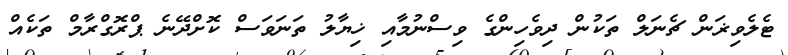
ޓެލެވިޜަން ޗެނަލް ތަކުން ދިވެހިންގެ ވިސްނުމާއި ޚިޔާލު ތަނަވަސް ކޮށްދޭނެ ޕްރޮގްރާމް ތަކެއް